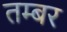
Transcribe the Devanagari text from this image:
तम्बर